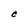
Character: C